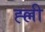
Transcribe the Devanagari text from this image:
ह्ल्ली